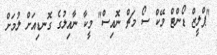
"ޕްލީޒް ޑޯންޓް މޭކް ސޯ މަޗް ނޮއިސް" މީކާ ނާއިލުގެ ގޮނޑިއަށް ލުމަށް